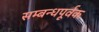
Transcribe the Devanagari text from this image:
सम्बन्धपूर्वक